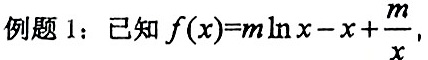
例题 1：已知$f(x)=m\ln x - x + \frac{m}{x}$，